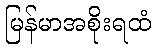
မြန်မာအစိုးရထံ